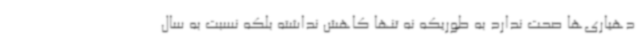
دهیاری‌ها صحت ندارد به طوریکه نه تنها کاهش نداشته بلکه نسبت به سال